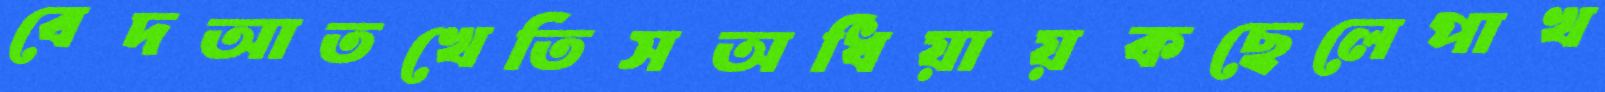
বেদআতখেতিসঅধিয়ায়কছেলেপাখ